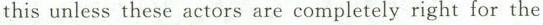
this unless these actors are completely right for the